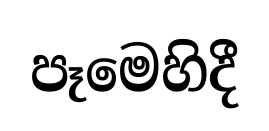
පෑමෙහිදී